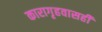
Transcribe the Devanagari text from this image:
कारागृहवासही